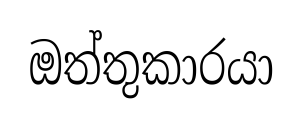
ඔත්තුකාරයා